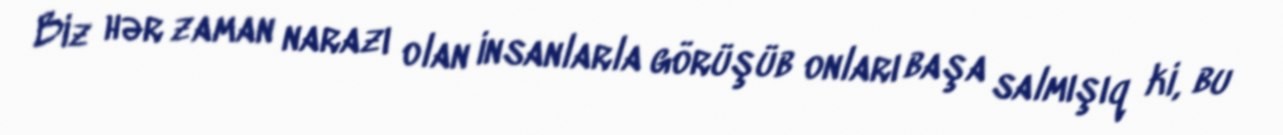
Biz hər zaman narazı olan insanlarla görüşüb onları başa salmışıq ki, bu